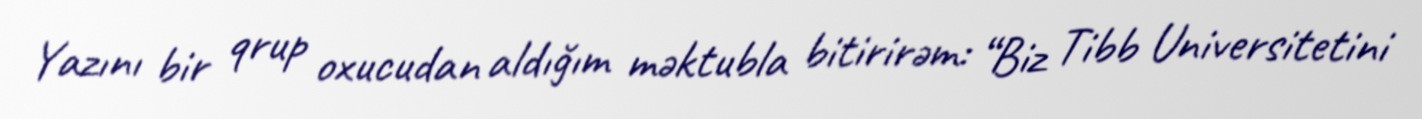
Yazını bir qrup oxucudan aldığım məktubla bitirirəm: “Biz Tibb Universitetini